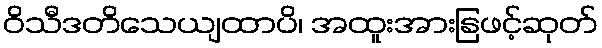
ဝိသီဒတိသေယျထာပိ၊ အထူးအားနြဖင့်ဆုတ်